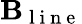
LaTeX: \mathbf{B}_{\mathrm{{~l~i~n~e~}}}